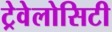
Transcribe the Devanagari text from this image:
ट्रेवेलोसिटी